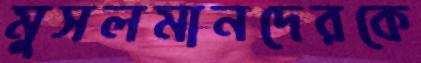
মুসলমানদেরকে